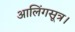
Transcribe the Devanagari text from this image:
आलिंगसूत्र।